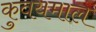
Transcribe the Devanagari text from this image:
कुवयमाल